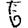
Digit: 6